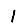
Digit: 1